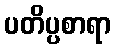
ပတိပ္ပစာရာ